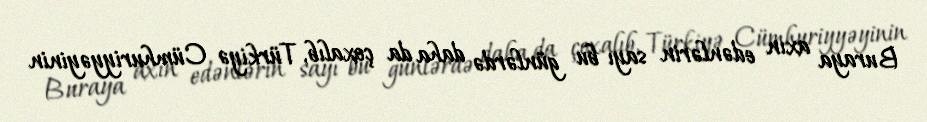
Buraya axın edənlərin sayı bu günlərdə daha da çoxalıb, Türkiyə Cümhuriyyəyinin